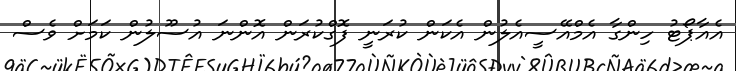
އެއާޕޯޓު ހިންގާ އެމްއޭސީއެލުން އެކަން ކުރަނީ ފޮގްކުރަން އޮންނަ އުސޫލުން ކަމަށް ވެސް